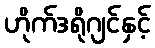
ဟိုက်ဒရိုဂျင်နှင့်